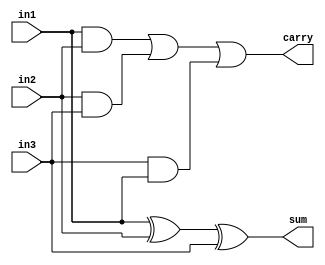
`timescale 1ns / 1ps
//////////////////////////////////////////////////////////////////////////////////

// ID     : N180116
//Branch  : ECE
//Project : RTL design using Verilog
//Design  : Adder and Subtractor N bit
//Module  : Full Adder
//RGUKT NUZVID 
//////////////////////////////////////////////////////////////////////////////////


module FA(in1,in2,in3,sum,carry);
input in1,in2,in3;
output sum,carry;
assign sum = in1^in2^in3;
assign carry = (in1&in2)|(in2&in3)|(in3&in1);
endmodule